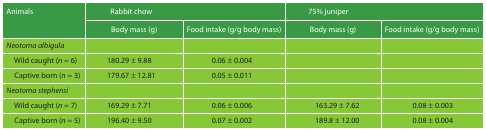
<table><thead><tr><td><b>Animals</b></td><td colspan="2"><b>Rabbit chow</b></td><td colspan="2"><b>75% juniper</b></td></tr><tr><td></td><td><b>Body mass (g)</b></td><td><b>Food intake (g/g body mass)</b></td><td><b>Body mass (g)</b></td><td><b>Food intake (g/g body mass)</b></td></tr></thead><tbody><tr><td><i>Neotoma albigula</i></td><td></td><td></td><td></td><td></td></tr><tr><td> Wild caught (<i>n</i> = 6)</td><td>180.29 ± 9.88</td><td>0.06 ± 0.004</td><td></td><td></td></tr><tr><td> Captive born (<i>n</i> = 3)</td><td>179.67 ± 12.81</td><td>0.05 ± 0.011</td><td></td><td></td></tr><tr><td><i>Neotoma stephensi</i></td><td></td><td></td><td></td><td></td></tr><tr><td> Wild caught (<i>n</i> = 7)</td><td>169.29 ± 7.71</td><td>0.06 ± 0.006</td><td>163.29 ± 7.62</td><td>0.08 ± 0.003</td></tr><tr><td> Captive born (<i>n</i> = 5)</td><td>196.40 ± 9.50</td><td>0.07 ± 0.002</td><td>189.8 ± 12.00</td><td>0.08 ± 0.004</td></tr></tbody></table>